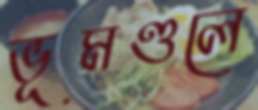
ভূমণ্ডলে